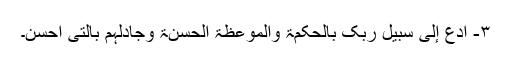
۳- أدع إلی سبیل ربک بالحکمۃ والموعظۃ الحسنۃ وجادلہم بالتی أحسن۔